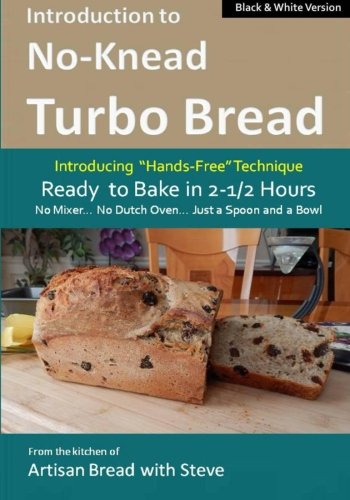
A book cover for Introduction to No-Knead Turbo Bread (Ready to Bake in 2-1/2 Hours... No Mixer... No Dutch Oven... Just a Spoon and a Bowl) (B&W Version): From the kitchen ... Turbo Bread (B&W Version)) (Volume 1); Steve Gamelin; Cookbooks, Food & Wine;